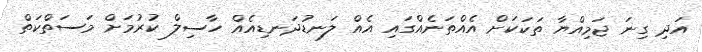
އަދި ގިނަ ޖަމިއްޔާ ތަކަކަށް އެއްތަނެއްގައި އެއް ލަނޑުދަނޑިއެއް ހާސިލް ކުރުމަށް މަސަތްކަތް